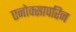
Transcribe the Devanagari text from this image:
एनोक्सापरिन